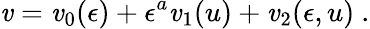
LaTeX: \mathit{v}=\mathit{v}_{0}(\epsilon)+\epsilon^{a}\mathit{v}_{1}(u)+\mathit{v}_{2}(\epsilon,u)\ .